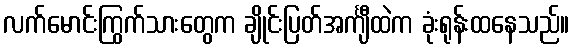
လက်မောင်းကြွက်သားတွေက ချိုင်းပြတ်အင်္ကျီထဲက ခုံးရုန်းထနေသည်။